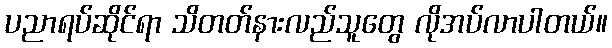
ပညာရပ်ဆိုင်ရာ သိတတ်နားလည်သူတွေ လိုအပ်လာပါတယ်။